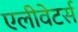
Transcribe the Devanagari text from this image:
एलीवेटर्स